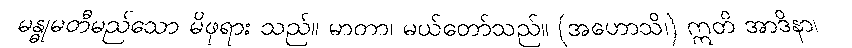
မန္ဓုမတီမည်သော မိဖုရား သည်။ မာတာ၊ မယ်တော်သည်။ (အဟောသိ၊) ဣတိ အာဒိနာ၊